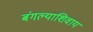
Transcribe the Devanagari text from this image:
बंगल्याशिवाय